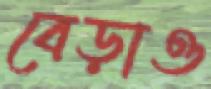
বেড়াও